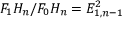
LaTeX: F _ { 1 } H _ { n } / F _ { 0 } H _ { n } = E _ { 1 , n - 1 } ^ { 2 }